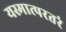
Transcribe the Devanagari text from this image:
यस्मात्परतरं